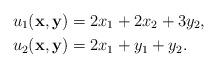
LaTeX: \begin{align*}&u_1(\textbf{x},\textbf{y})=2x_1+2x_2+3y_2,\\&u_2(\textbf{x},\textbf{y})=2x_1+y_1+y_2.\end{align*}